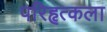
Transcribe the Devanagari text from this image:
परिहृत्कला